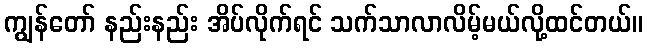
ကျွန်တော် နည်းနည်း အိပ်လိုက်ရင် သက်သာလာလိမ့်မယ်လို့ထင်တယ်။